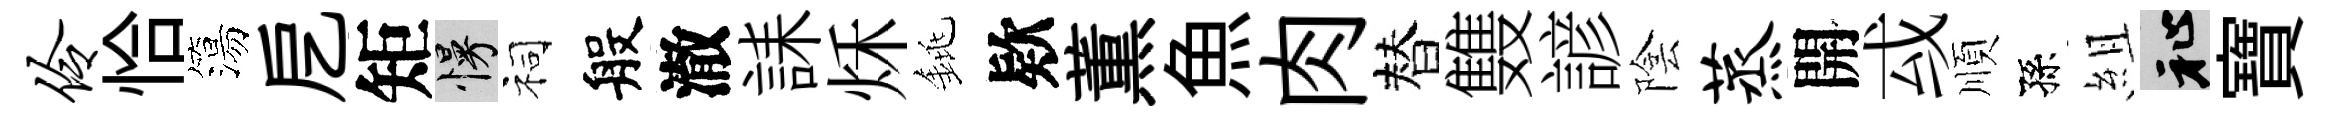
伶恰簜戹矩慢祠般澈誄秌銚欵薫魚肉替䨇諺陰蒸開㦯順孫組祉寶